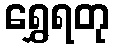
ရွှေရတု